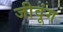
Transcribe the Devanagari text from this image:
जीवूंग